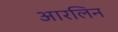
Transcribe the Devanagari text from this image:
आरलिन